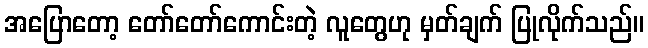
အပြောတော့ တော်တော်ကောင်းတဲ့ လူတွေဟု မှတ်ချက် ပြုလိုက်သည်။